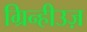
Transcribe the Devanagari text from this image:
ग्रिन्हीउज़